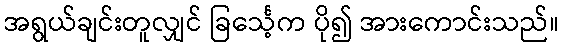
အရွယ်ချင်းတူလျှင် ခြင်္သေ့က ပို၍ အားကောင်းသည်။